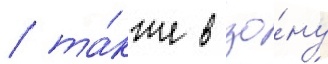
/ та́кже в зо́ну